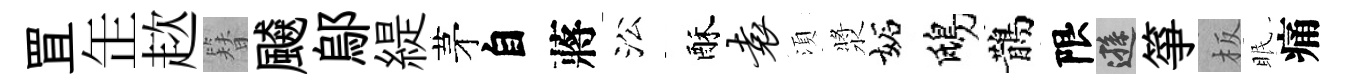
罝𦈢趑簪飇鄔緹茅自蔣㳂酥袁湏漿妬鴟鵲限遜箏板眠痛